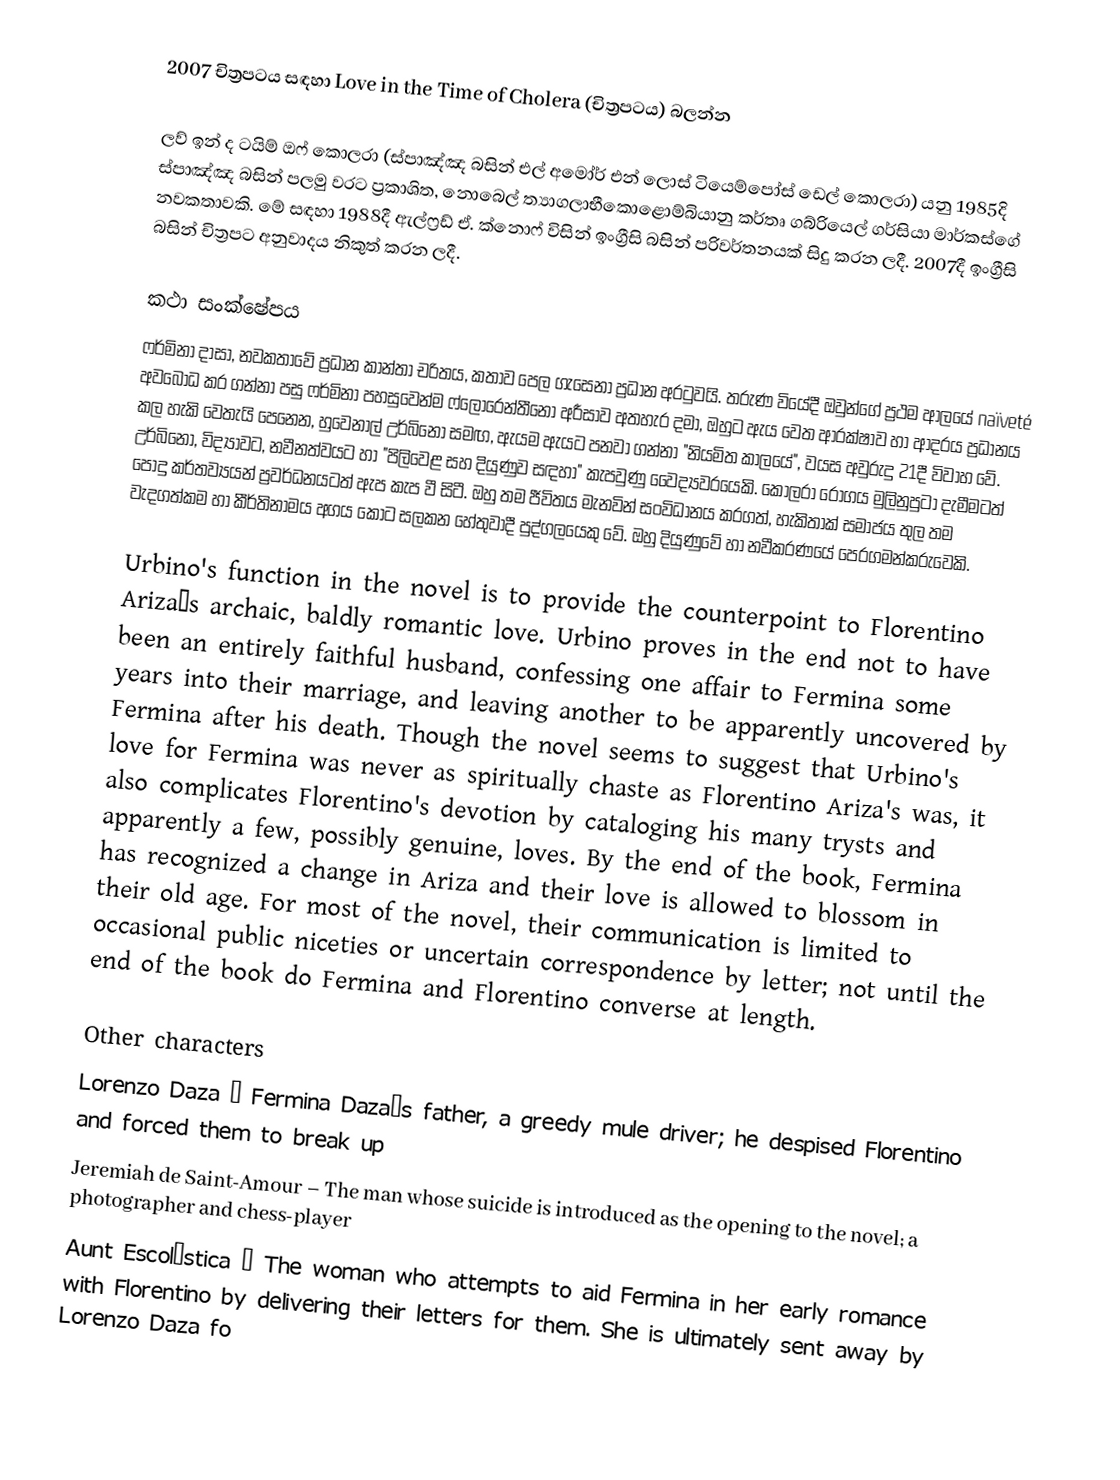
2007 චිත්‍රපටය සඳහා Love in the Time of Cholera (චිත්‍රපටය) බලන්න

ලව් ඉන් ද ටයිම් ඔෆ් කොලරා (ස්පාඤ්ඤ බසින්  එල් අමෝර් එන් ලොස් ටියෙම්පෝස් ඩෙල් කොලරා) යනු 1985දි ස්පාඤ්ඤ බසින් පලමු වරට ප්‍රකාශිත, නොබෙල් ත්‍යාගලාභීකොළොම්බියානු කර්තෘ ගබ්රියෙල් ගර්සියා මාර්කස්ගේ නවකතාවකි. මේ සඳහා 1988දී ඇල්ෆ්‍රඩ් ඒ. ක්නොෆ් විසින් ඉංග්‍රීසි බසින් පරිවර්තනයක් සිදු කරන ලදී. 2007දී ඉංග්‍රීසි බසින්  චිත්‍රපට අනුවාදය නිකුත් කරන ලදී.

කථා සංක්ෂේපය
ෆර්මිනා දාසා, නවකතාවේ ප්‍රධාන කාන්තා චරිතය, කතාව පෙල ගැසෙනා ප්‍රධාන අරටුවයි. තරුණ වියේදී ඔවුන්ගේ ප්‍රථම ආලයේ naïveté අවබෝධ කර ගන්නා පසු ෆර්මිනා පහසුවෙන්ම ෆ්ලෝරෙන්තීනෝ අරීසාව අතහැර දමා, ඔහුට ඇය වෙත ආරක්ෂාව හා ආදරය ප්‍රධානය කල හැකි වෙතැයි පෙනෙන, හුවෙනාල් උර්බිනෝ සමඟ, ඇයම ඇයට පනවා ගන්නා "නියමිත කාලයේ", වයස අවුරුදු 21දී විවාහ වේ. උර්බිනෝ, විද්‍යාවට, නවීනත්වයට හා "පිලිවෙළ සහ දියුණුව සඳහා" කැපවුණු වෛද්‍යවරයෙකි. කොලරා රෝගය මුලිනුපුටා දැමීමටත් පොදු කර්තව්‍යයන් ප්‍රවර්ධනයටත් ඇප කැප වී සිටී. ඔහු තම ජීවිතය මැනවින් සංවිධානය කරගත්, හැකිතාක් සමාජය තුල තම වැදගත්කම හා කීර්තිනාමය අගය කොට සලකන හේතුවාදී පුද්ගලයෙකු ‍වේ. ඔහු දියුණුවේ හා නවීකරණයේ පෙරගමන්කරුවෙකි.

Urbino's function in the novel is to provide the counterpoint to Florentino Ariza’s archaic, baldly romantic love. Urbino proves in the end not to have been an entirely faithful husband, confessing one affair to Fermina some years into their marriage, and leaving another to be apparently uncovered by Fermina after his death. Though the novel seems to suggest that Urbino's love for Fermina was never as spiritually chaste as Florentino Ariza's was, it also complicates Florentino's devotion by cataloging his many trysts and apparently a few, possibly genuine, loves. By the end of the book, Fermina has recognized a change in Ariza and their love is allowed to blossom in their old age. For most of the novel, their communication is limited to occasional public niceties or uncertain correspondence by letter; not until the end of the book do Fermina and Florentino converse at length.

Other characters
 Lorenzo Daza – Fermina Daza’s father, a greedy mule driver; he despised Florentino and forced them to break up
 Jeremiah de Saint-Amour – The man whose suicide is introduced as the opening to the novel; a photographer and chess-player
 Aunt Escolástica – The woman who attempts to aid Fermina in her early romance with Florentino by delivering their letters for them. She is ultimately sent away by Lorenzo Daza fo